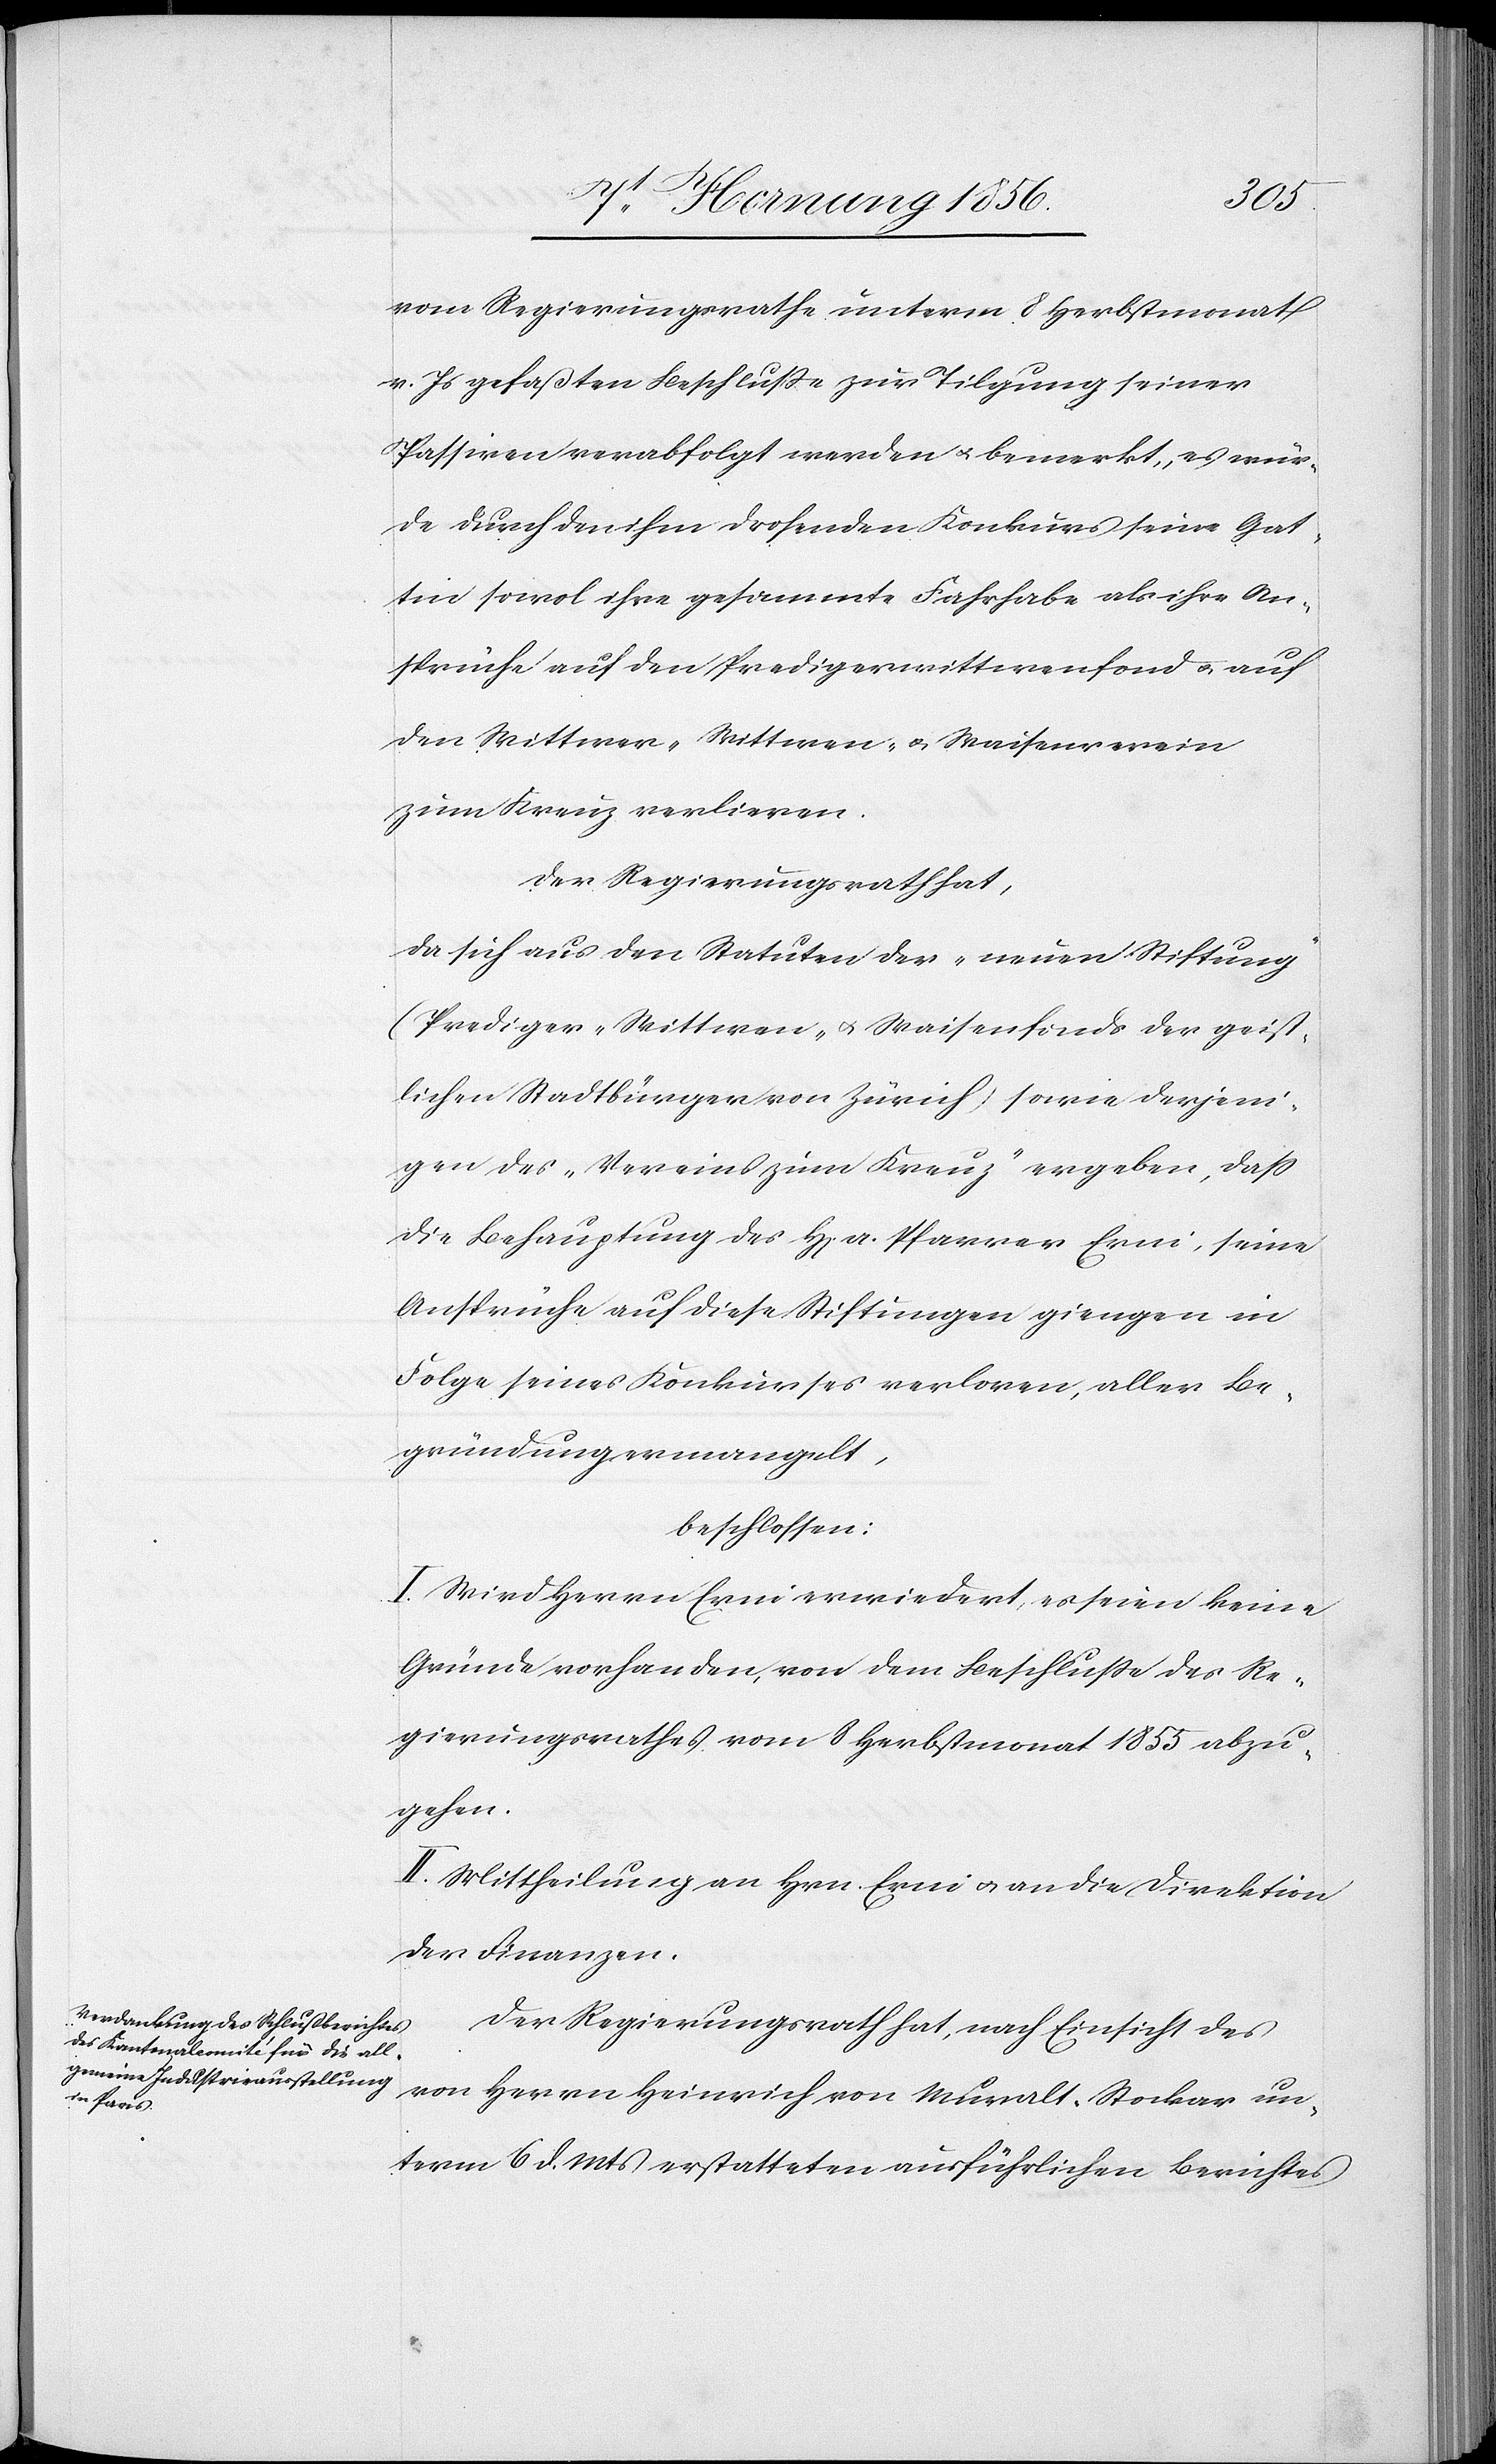
vom Regierungsrathe unterm 8 Herbstmonat
v. Js gefaßten Beschluße zur Tilgung seiner
Passiven verabfolgt werden u. bemerkt, es wür¬
de durch den ihm drohenden Konkurs seine Gat¬
tin sowol ihre gesammte Fahrhabe als ihre An¬
sprüche auf den Predigerwittwenfond u. auf
den Wittwer-[,] Wittwen- u. Waisenverein
zum Kreuz verlieren.
Der Regierungsrath hat,
da sich aus den Statuten der „neuen Stiftung“
(Prediger-[,] Wittwen- u. Waisenfonds der geist¬
lichen Stadtbürger von Zürich) sowie derjeni¬
gen des „Vereins zum Kreuz“ ergeben, daß
die Behauptung des H[errn] a. Pfarrer Erni, seine
Ansprüche auf diese Stiftungen giengen in
Folge seines Konkurses verloren, aller Be¬
gründung ermangelt,
beschlossen:
I. Wird Herrn Erni erwiedert, es seien keine
Gründe vorhanden, von dem Beschluße des Re¬
gierungsrathes vom 8 Herbstmonat 1855 abzu¬
gehen.
II. Mittheilungen an Hrn. Erni u. an die Direktion
der Finanzen.
Der Regierungsrath hat, nach Einsicht des
von Herrn Heinrich von Muralt-Stockar un¬
term 6 d. Mts erstatteten ausführlichen Berichtes